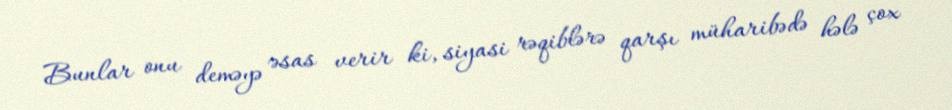
Bunlar onu deməyə əsas verir ki, siyasi rəqiblərə qarşı müharibədə hələ çox